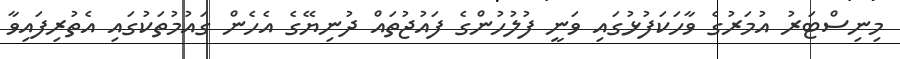
މިނިސްޓަރު އުމަރުގެ ވާހަކަފުޅުގައި ވަނީ ފުލުހުންގެ ފައުޖުތައް ދުނިޔޭގެ އެހެން ގައުމުތަކުގައި އެތުރިފައިވާ